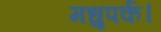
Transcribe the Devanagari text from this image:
मधुपर्क।